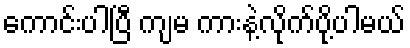
ကောင်းပါပြီ ကျမ ကားနဲ့လိုက်ပို့ပါမယ်